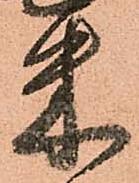
米